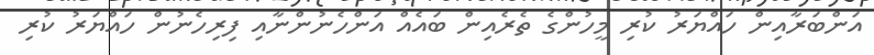
އަންބަރާއިން ހައްޔަރު ކުރި މީހުންގެ ތެރެއިން ބައެއް އަންހެނުންނާއި ފިރިހެނުން ހައްޔަރު ކުރި